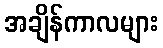
အချိန်ကာလများ